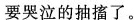
要哭泣的抽搐了。